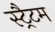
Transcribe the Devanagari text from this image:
स्ट्रैटम